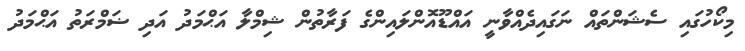
މިކޯހުގައި ސެޝަންތައް ނަގައިދެއްވާނީ އައްޑޫއޮންލައިންގެ ފަރާތުން ޝިމްލާ އަޙްމަދު އަދި ޟަމްރަތު އަޙްމަދު